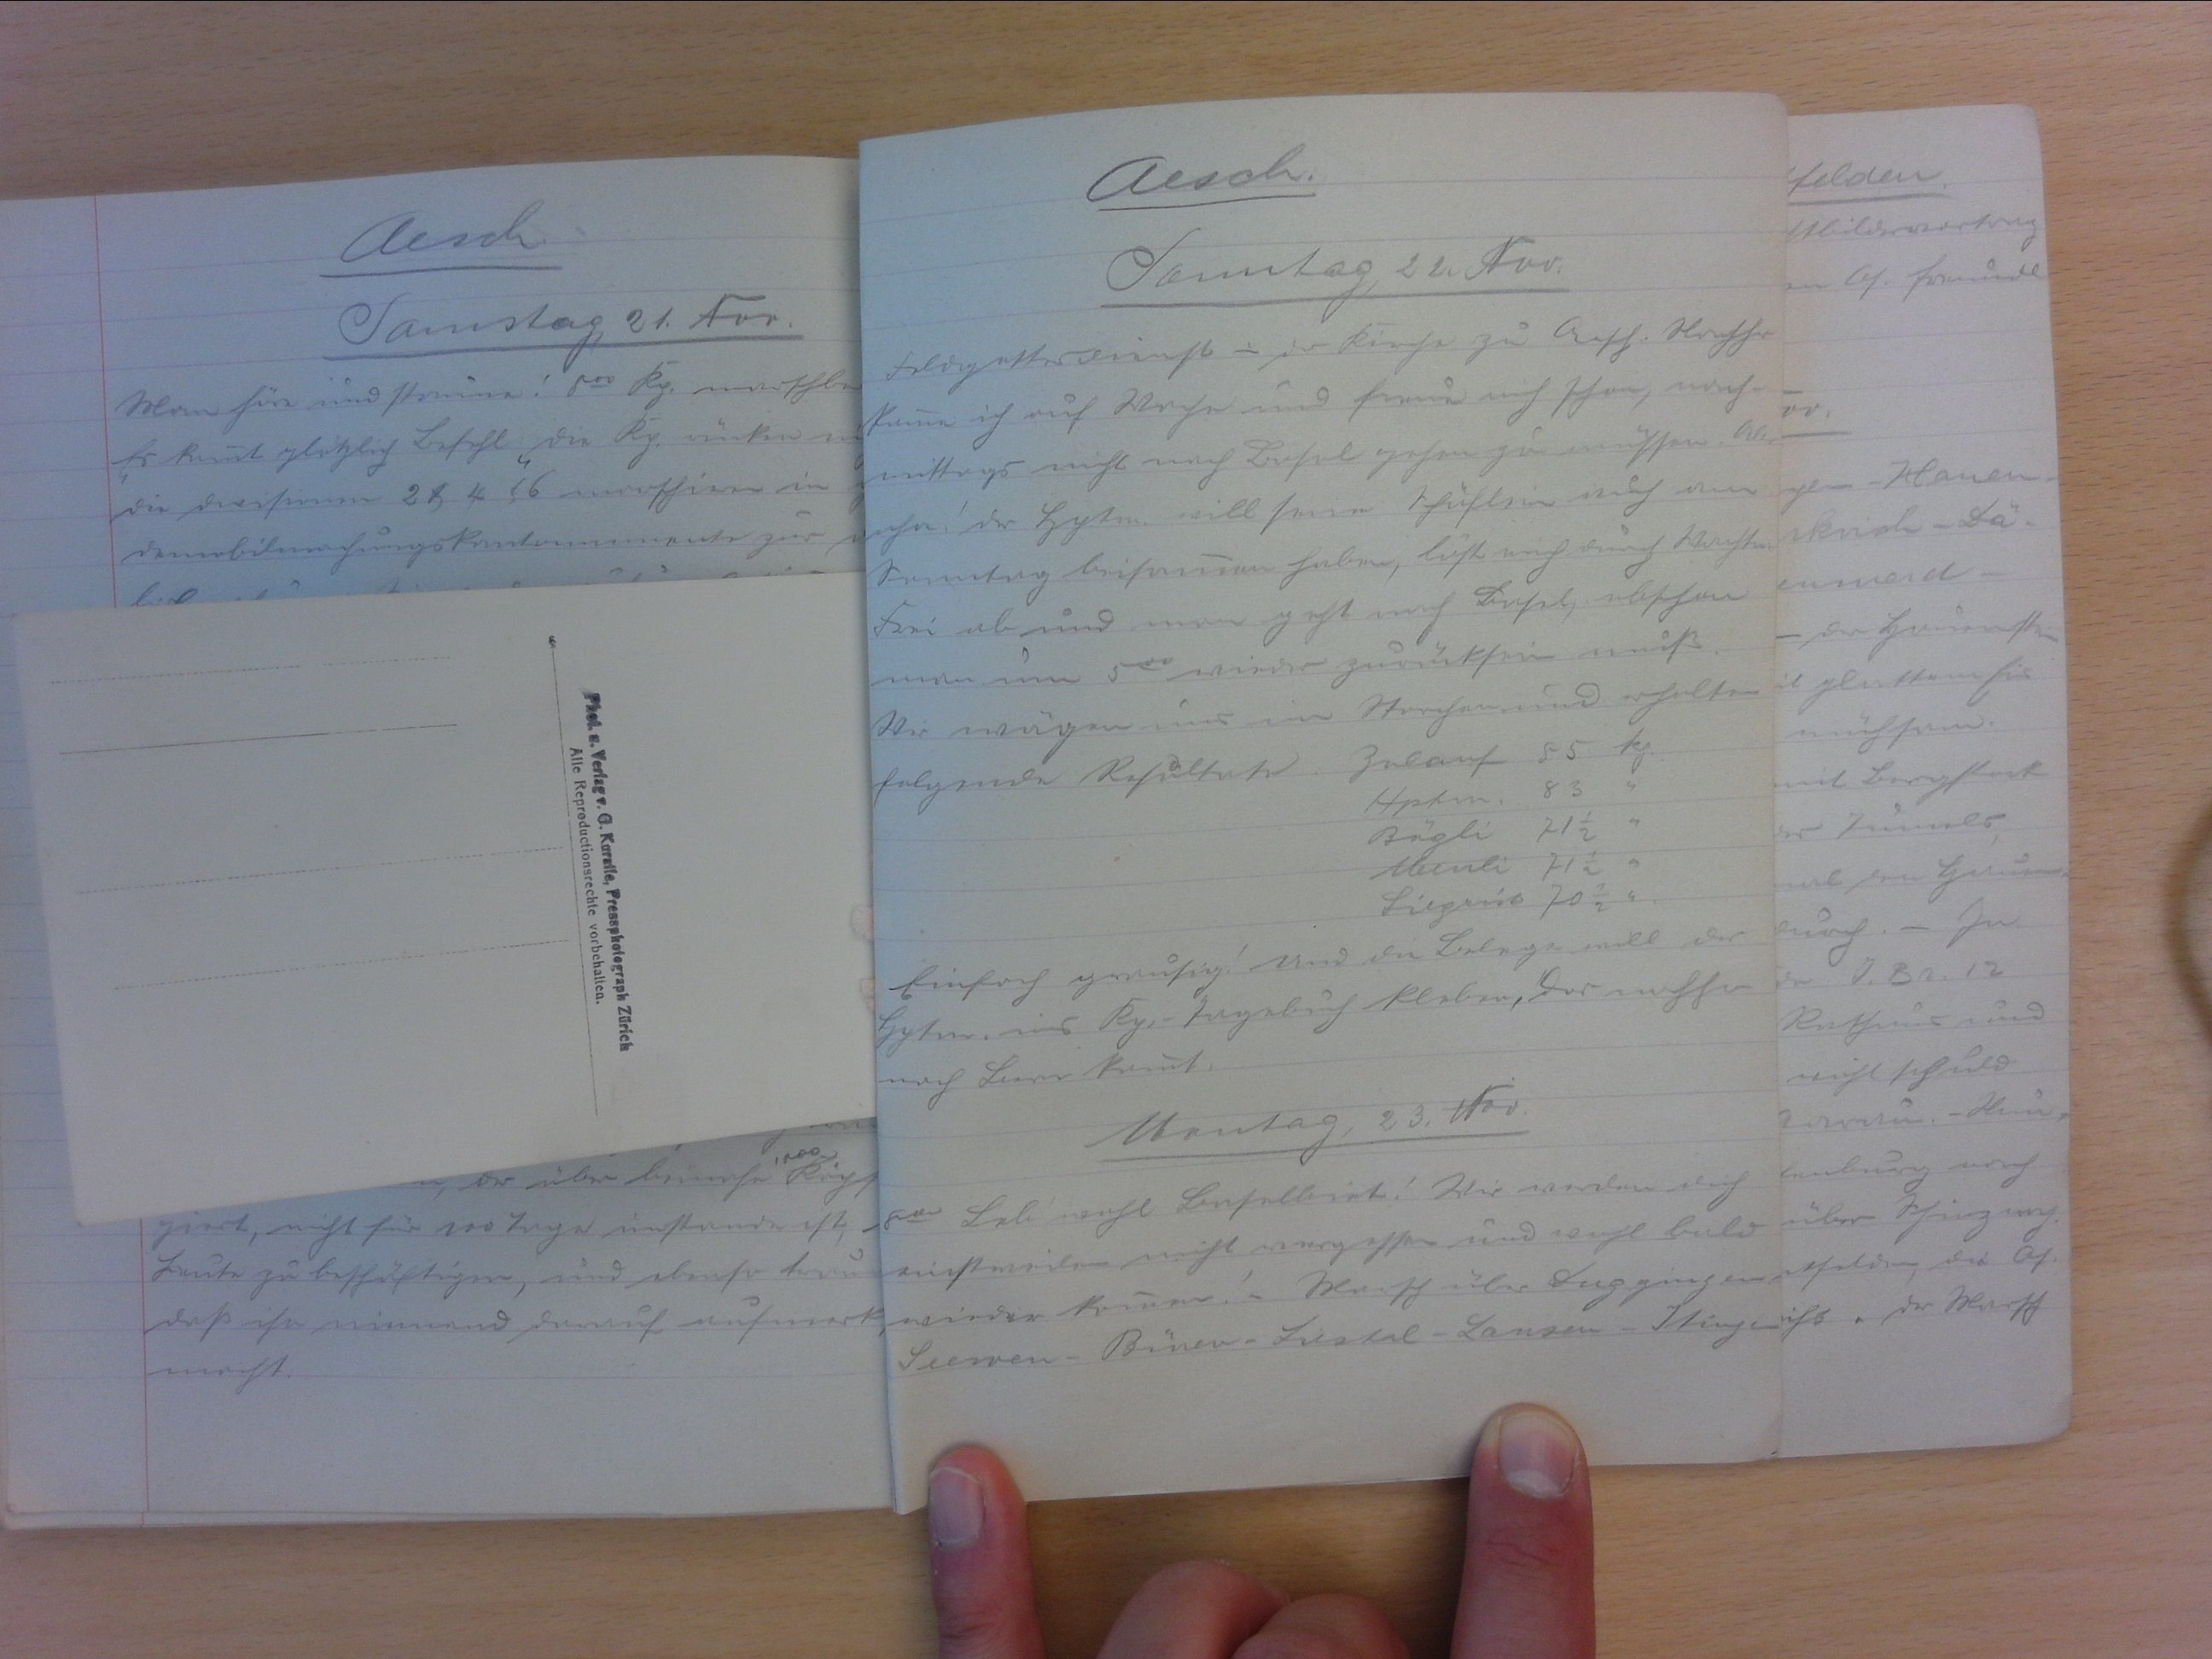
Aesch
Samstag, 24. Nov.
Feldgottesdienst in der Kirche zu Aesch. Nachher
kann ich auf Wache und freue mich schon, nach
mittags nicht nach Basel gehen zu müssen. Aber
oho! Der Hptm will seine Schäflein auch am
Sonntag beisammen haben, löst mich durch Wachtm.
Frei ab und man geht nach Basel, obschon
man um 500 wieder zurücksein muss.
Wir wägen uns in Storchen und erhalten
folgende Resultate. Zulauf 85 kp
Hptm 83 "
Bögli 711/2 "
Meuli 711/2 "
Siegrist 701/2 "
Einfach grausig! Und die Belege will der
Hptm. ins Kp.-Tagebuch kleben, das nachher
nach Bern kommt.
Montag, 23. Nov.
800 Leb' wohl Baselbiet! Wir werden dich
einstweilen nicht vergessen und wohl bald
wieder kommen! - Marsch über Duggingen
Seewen - Büren - Liestal - Lunsen - Itingen